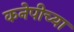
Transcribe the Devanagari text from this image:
कनेपीच्या